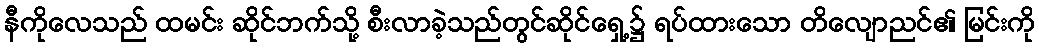
နီကိုလေသည် ထမင်း ဆိုင်ဘက်သို့ စီးလာခဲ့သည်တွင်ဆိုင်ရှေ့၌ ရပ်ထားသော တိလျောညင်၏ မြင်းကို